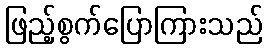
ဖြည့်စွက်ပြောကြားသည်